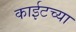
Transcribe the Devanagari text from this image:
काईटच्या